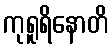
ကုရူရိနောတိ